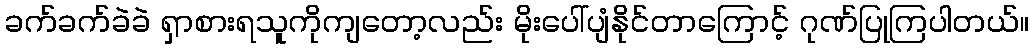
ခက်ခက်ခဲခဲ ရှာစားရသူကိုကျတော့လည်း မိုးပေါ်ပျံနိုင်တာကြောင့် ဂုဏ်ပြုကြပါတယ်။